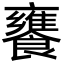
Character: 饔